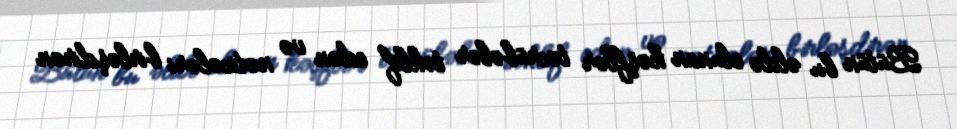
Bütün bu əldə olunan kəşflər təcrübələr təklif edən və nəticələri birləşdirən